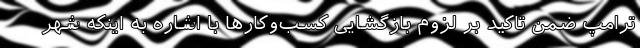
ترامپ ضمن تاکید بر لزوم بازگشایی کسب‌وکارها با اشاره به اینکه شهر